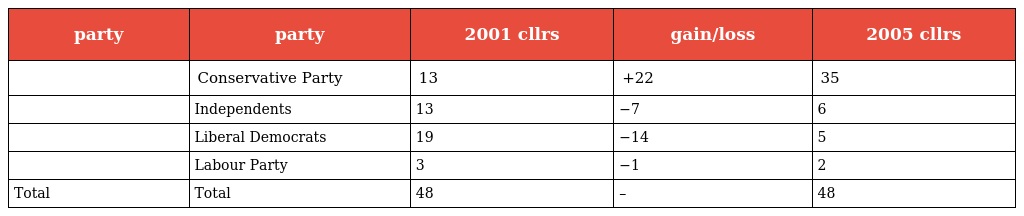
| party | party | 2001 cllrs | gain/loss | 2005 cllrs |
 | --- | --- | --- | --- | --- |
 |  | Conservative Party | 13 | +22 | 35 |
 |  | Independents | 13 | −7 | 6 |
 |  | Liberal Democrats | 19 | −14 | 5 |
 |  | Labour Party | 3 | −1 | 2 |
 | Total | Total | 48 | – | 48 |